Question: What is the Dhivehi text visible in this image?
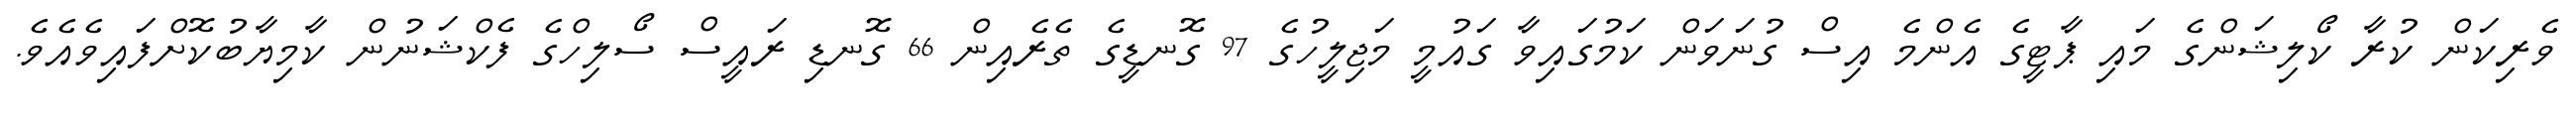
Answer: ވެރިކަން ކުރާ ކޯލިޝަންގެ މައި ޕާޓީގެ އެންމެ އިސް ގުނަވަން ކަމުގައިވާ ގައުމީ މަޖިލީހުގެ 97 ގޮނޑީގެ ތެރެއިން 66 ގޮނޑި ރައީސް ސޯލިހްގެ ފެކްޝަނުން ކާމިޔާބުކޮށްފައިވެއެވެ.